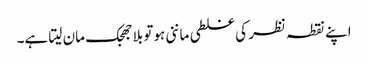
اپنے نقطہ نظر کی غلطی ماننی ہوتو بلا جھجک مان لیتا ہے۔